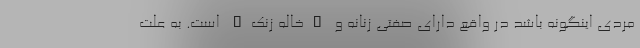
مردی اینگونه باشد در واقع دارای صفتی زنانه و "خاله زنک" است. به علت